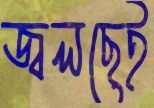
জ্বলছেই